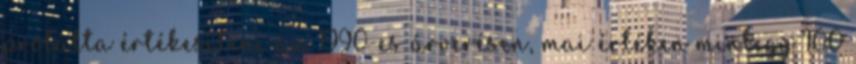
próbálta értékesíteni az 1990-es árverésen, mai értéken mintegy 100